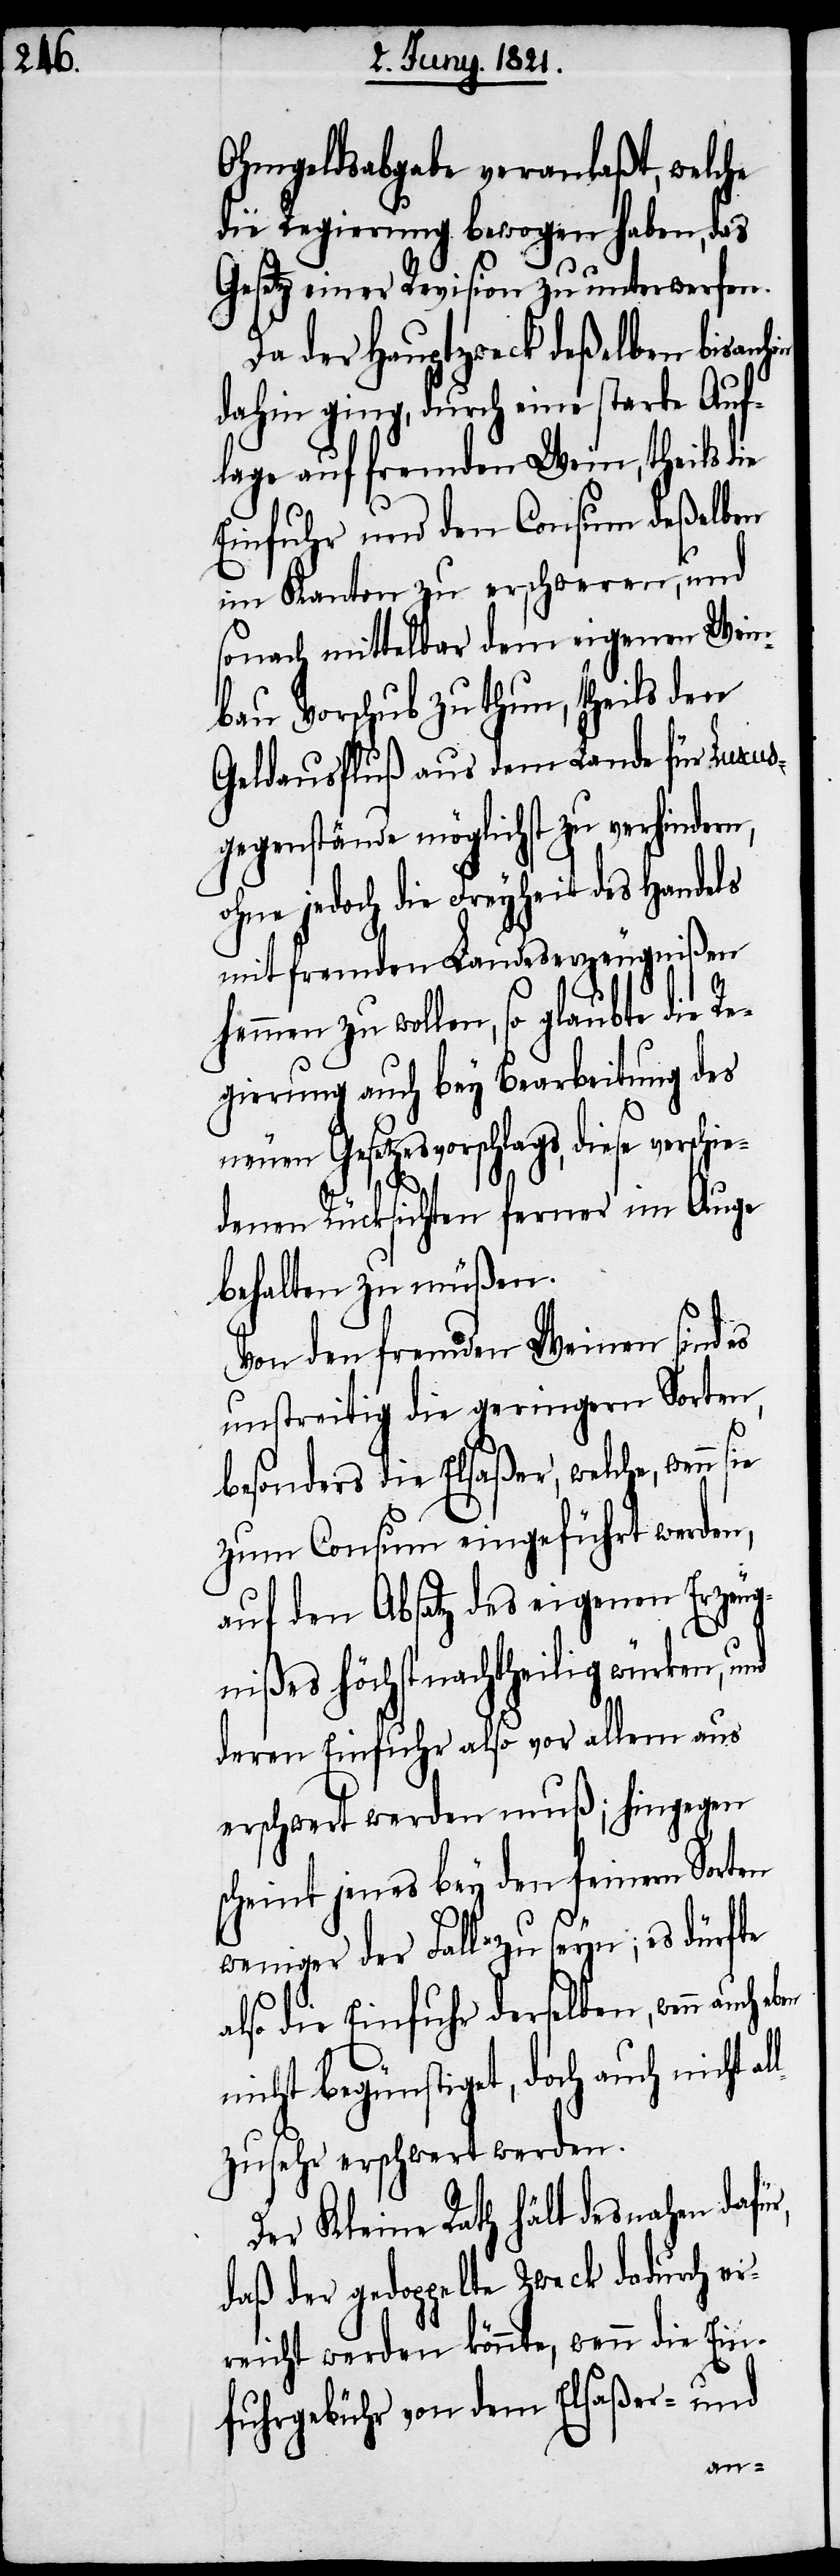
Ohmgeldsabgabe veranlaßt, welche
die Regierung bewogen haben, das
Gesetz einer Revision zu unterwerfen.
Da der Hauptzweck deßelben bis anh¬
dahin ging, durch eine starke Auf¬
lage auf fremden Wein, theils die
Einfuhr und den Consum deßelben
im Kanton zu erschweren, und
sonach mittelbar dem eignen Wein¬
bau Vorschub zu thun, theils den
Geldausfluß aus dem Lande für Luxus¬
gegenstände möglichst zu verhindern,
ohne jedoch die Freyheit des Handels
mit fremden Landeserzeugnißen
hemmen zu wollen, so glaubte die R¬
egierung auch bey Bearbeitung des
neuen Gesetzesvorschlags, diese verschie¬
l¬
denen Rücksichten ferner im Auge
behalten zu müßen.
Von den fremden Weinen sind es
unstreitig die geringern Sorten,
besonders die Elsaßer, welche, wenn
zum Consum eingeführt werden,
auf den Absatz des eigenen Erzeug¬
nißes höchst nachtheilig würken, und
deren Einfuhr also vor allem aus
erschwert werden muß; hingegen
scheint jenes bey den feinern Sorten
weniger der Fall zu seyn; es dürfte
also die Einfuhr derselben, wenn
nicht begünstigt, doch auch nicht a¬
lzusehr erschwert werden.
Der Kleine Rath hält desnahen dafür,
daß der gedoppelte Zweck dadurch er¬
reicht werden könnte, wenn die Ein¬
fuhrgebühr von dem Elsaßer- und